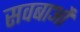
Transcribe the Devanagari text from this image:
सवबाओं